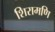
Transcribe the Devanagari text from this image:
शिरामणि